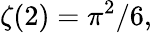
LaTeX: \zeta(2)=\pi^{2}/6,